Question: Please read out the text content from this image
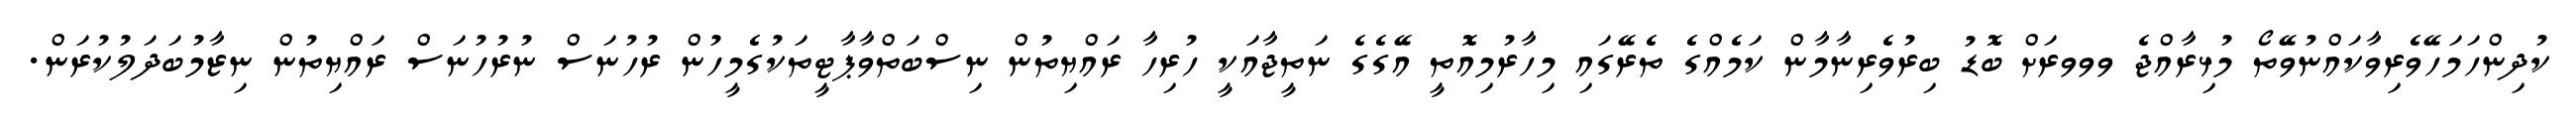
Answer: ކުދިންހަމަހޭވެރިވާކައްނުވޭތޯ މުޅިރާއްޖެ ވވވރަށް ބޮޑު ބިރުވެރިނާމާން ކަމެއްގެ ތެރޭގައި މިހާރުމިއޮތީ އޭގެގެ ނަތީޖާއަކީ ހުރިހާ ރައްޔިތުން ނިސްބަތްވާޕާޓީތަކުގެމީހުން ރުހުނަސް ނުރުހުނަސް ރައްޔިތުން ނިޒާމުބަދަލުކުރަން.